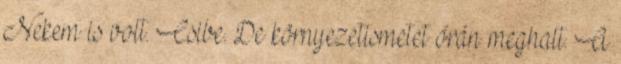
Nekem is volt. Csibe. De környezetismetet órán meghalt. A